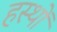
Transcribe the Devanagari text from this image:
हस्थों